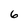
Character: 6